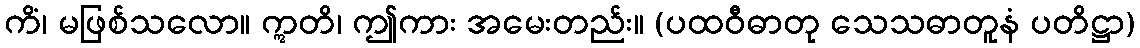
ကိံ၊ မဖြစ်သလော။ ဣတိ၊ ဤကား အမေးတည်း။ (ပထဝီဓာတု သေသဓာတူနံ ပတိဋ္ဌာ)